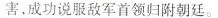
害，成功说服敌军首领归附朝廷。